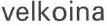
velkoina